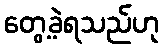
တွေ့ခဲ့ရသည်ဟု